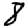
Digit: 8